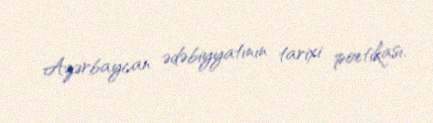
Azərbaycan ədəbiyyatının tarixi poetikası.